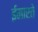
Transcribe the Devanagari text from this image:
ईमारते